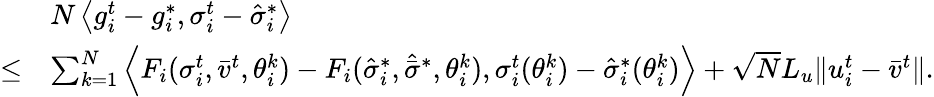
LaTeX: \begin{array}{rl}&{N\left<g_{i}^{t}-g_{i}^{*},\sigma_{i}^{t}-\hat{\sigma}_{i}^{*}\right>}\\ {\leq}&{\sum_{k=1}^{N}\left<F_{i}(\sigma_{i}^{t},\bar{v}^{t},\theta_{i}^{k})-F_{i}(\hat{\sigma}_{i}^{*},\hat{\bar{\sigma}}^{*},\theta_{i}^{k}),\sigma_{i}^{t}(\theta_{i}^{k})-\hat{\sigma}_{i}^{*}(\theta_{i}^{k})\right>+\sqrt{N}L_{u}\lVert u_{i}^{t}-\bar{v}^{t}\rVert.}\end{array}